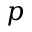
p